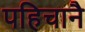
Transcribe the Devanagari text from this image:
पहिचानै